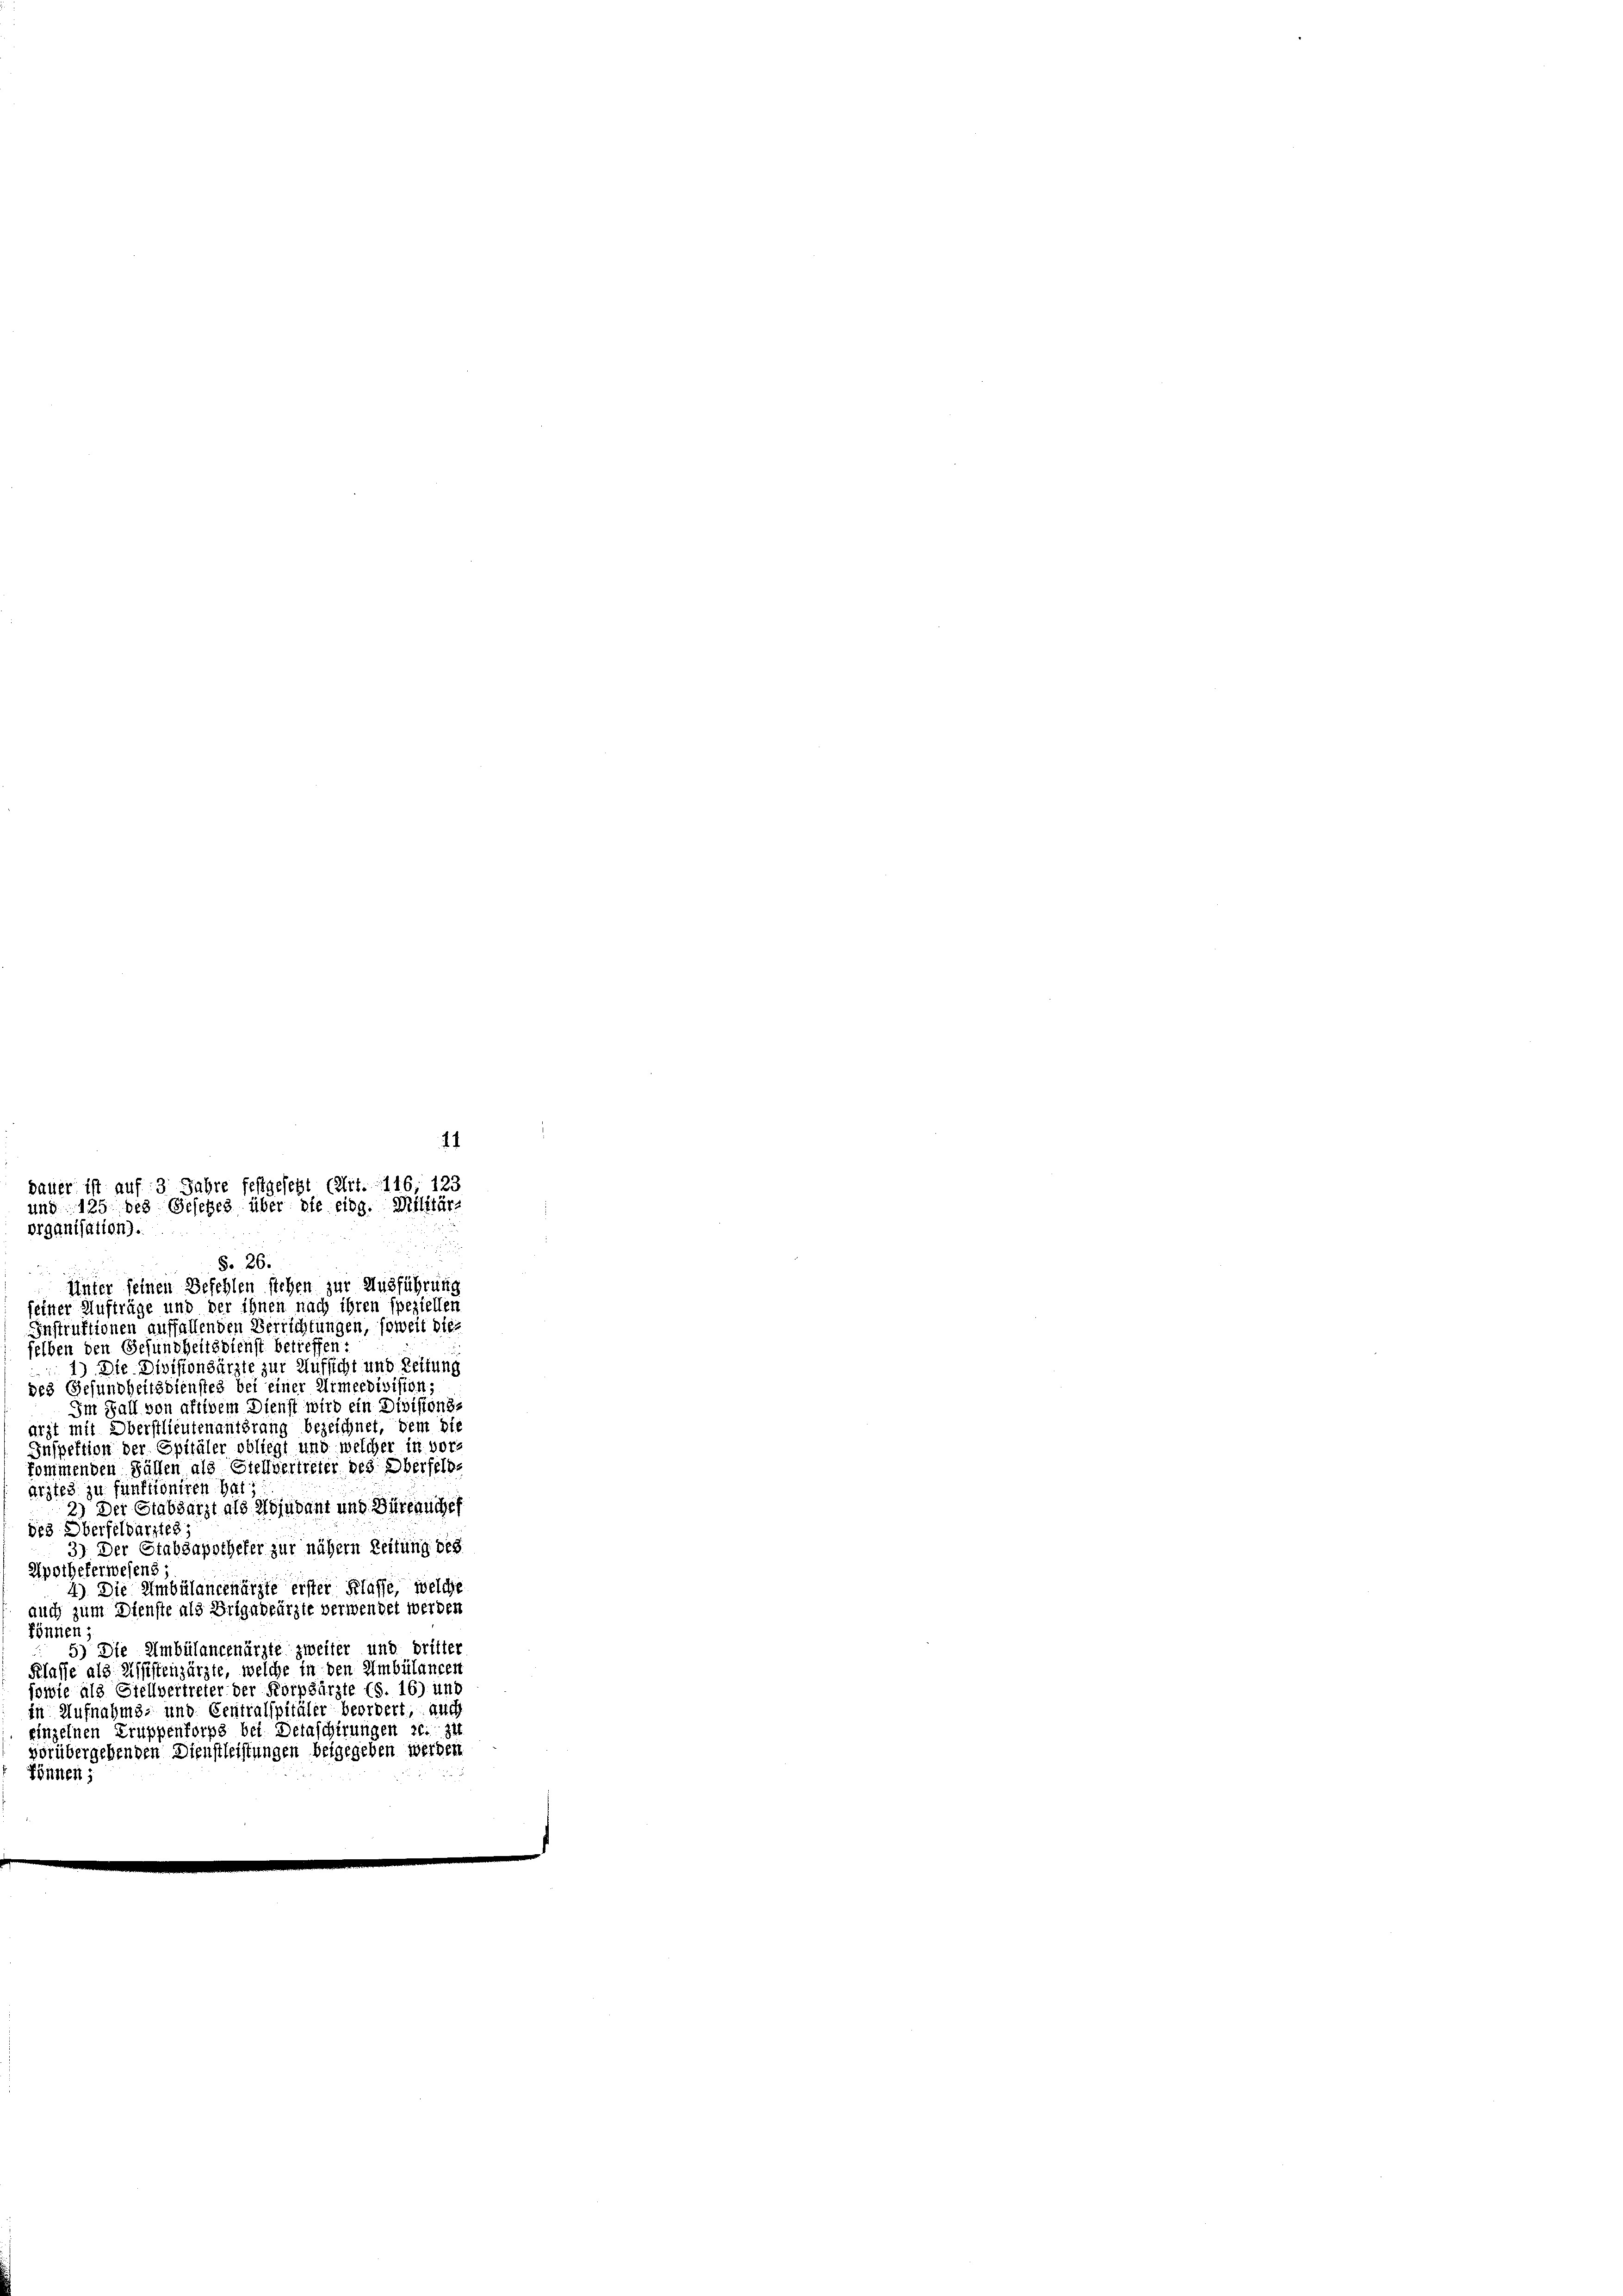
seiner Aufträge und der ihnen nach ihren speziellen
Instruktionen auffallenden Verrichtungen, soweit dies
selben den Gesundheitsdienst betreffen:
1) Die Divisionsärzte zur Aufsicht und Zeitung
des Gesundheitsdienstes bei einer Armeedivision,
Im Fall von aftigem Dienst wird ein Divisions-
arzt mit Oberstlieutenantsrang bezeichnet, dem bie
Inspektion der Spitäler obliegt und welcher in vorkommenden Fällen als Stellvertreter des Oberfeld.
Arztes zu funktioniren hat
2.) Der Stabsarzt als Hojudant und Büreauches
des Oberfeldarztes
3) Der Grabsapotheker zur nähern Zeitung des
Apothekerwesens;
4) Die Umbülancenärzte erster Klasse, welche
auch zum Dienste als Brigadeärzte verwendet werden
können;
5) Die Ambülancenärzte zweiter und dritter
Klasse als Assistenzärzte, welche in den Umbülangen
sowie als Stellvertreter der Korpsärzte (S. 16) und
in Aufnahms- und Centralspitäler beordert, auch
Einzelnen Truppenforps bei Detaschirungen 21. zu
orübergehenden Dienstleistungen beigegeben werden

.
dauer ist auf 3 Jahre festgesetzt (lit. 116; 123
und 125 des Gesetzes über die eidg. Militär-
organisation).

§. 26.
Unter feinen Befehlen stehen zur Ausführung

können;